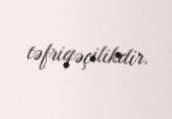
təfriqəçilikdir.